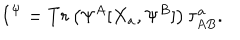
LaTeX: I ^ { \Psi } = T r \left( \Psi ^ { A } [ X _ { a } , \Psi ^ { B } ] \right) \tau _ { A B } ^ { a } .